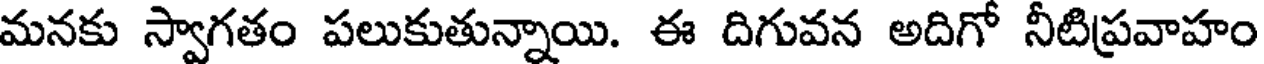
మనకు స్వాగతం పలుకుతున్నాయి. ఈ దిగువన అదిగో నీటిప్రవాహం